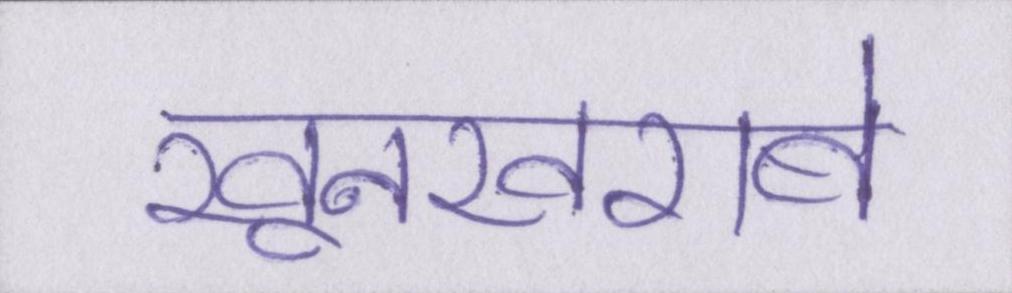
खूनखराबे